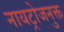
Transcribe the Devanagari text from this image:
नायट्रोजनुक्त